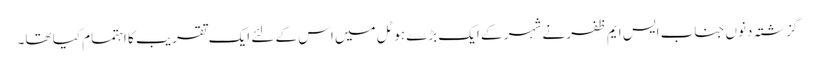
گزشتہ دنوں جناب ایس ایم ظفر نے شہر کے ایک بڑے ہوٹل میں اس کے لئے ایک تقریب کا اہتمام کیا تھا۔